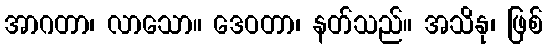
အာဂတာ၊ လာသော။ ဒေဝတာ၊ နတ်သည်။ အသိနု၊ ဖြစ်